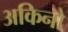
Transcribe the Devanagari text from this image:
अकिनो